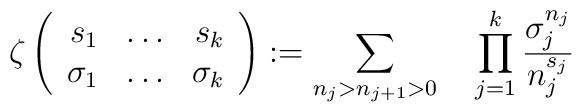
\zeta\left(\begin{array}{rcr}s_1&\ldots&s_k\\\sigma_1&\ldots&\sigma_k\end{array}\right):=\sum_{n_j>n_{j+1}>0}\quad\prod_{j=1}^k \frac{\sigma_j^{n_j}}{n_j^{s_j}}